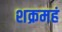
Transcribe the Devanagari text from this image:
शक्रमहं